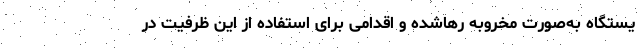
یستگاه به‌صورت مخروبه رهاشده و اقدامی برای استفاده از این ظرفیت در